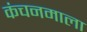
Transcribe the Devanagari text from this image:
कंचनमाला